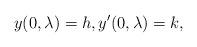
LaTeX: \begin{align*}y(0,\lambda )=h,y^{\prime }(0,\lambda )=k, \end{align*}